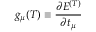
g _ { \mu } ( T ) \equiv \frac { \partial E ^ { ( T ) } } { \partial t _ { \mu } }